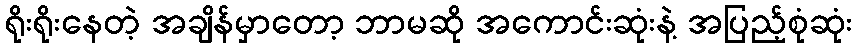
ရိုးရိုးနေတဲ့ အချိန်မှာတော့ ဘာမဆို အကောင်းဆုံးနဲ့ အပြည့်စုံဆုံး